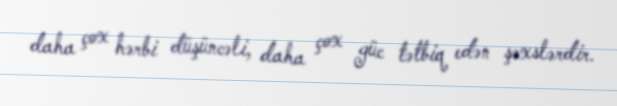
daha çox hərbi düşüncəli, daha çox güc tətbiq edən şəxslərdir.